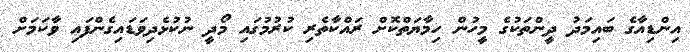
އިންޑިއާގެ ބައިމަދު ދީންތަކުގެ މީހުން ހިމާޔަތްކޮށް ރައްކާތެރި ކުރުމުގައި މޯދީ ނުކުޅެދިވަޑައިގެންފައި ވާކަމަށް